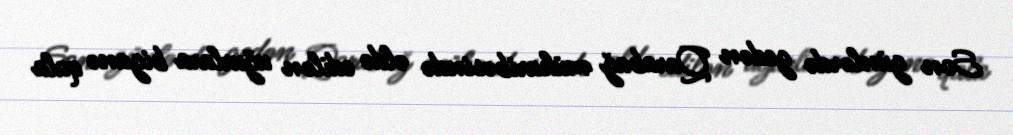
Son günlərdə gedən Qarabağ müharibəsində əldə edilən uğurlara biganə qala